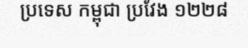
ប្រទេស កម្ពុជា ប្រវែង ១២២៨